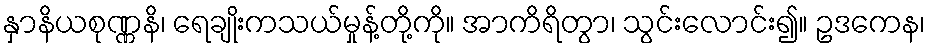
နှာနိယစုဏ္ဏနိ၊ ရေချိုးကသယ်မှုန့်တို့ကို။ အာကိရိတွာ၊ သွင်းလောင်း၍။ ဥဒကေန၊